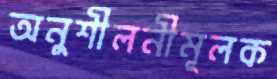
অনুশীলনীমূলক